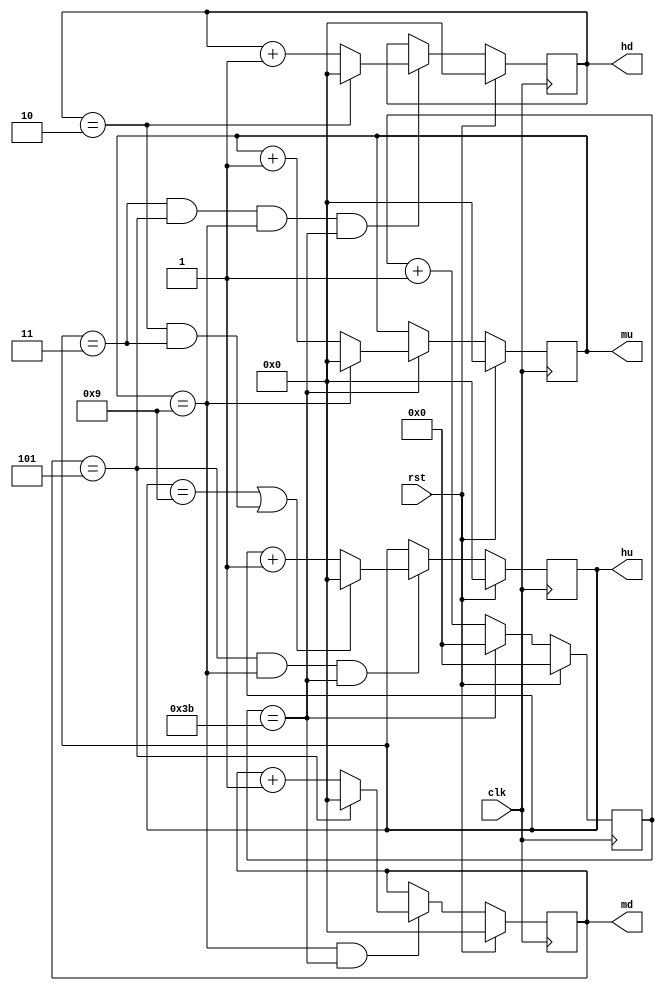
/*
 * Antonio Aguilar
 * Reloj
*/

module reloj2(input clk, rst, output reg[3:0] mu, md, hu, hd);
	reg[5:0] seg;
	
	initial
	begin
		hd = 2;
		hu = 3;
		md = 5;
		mu = 8;
	end
	
	always @(posedge clk)
	begin
		if (rst)
			seg = 0;
		else if (seg == 59)
			seg = 0;
		else
			seg = seg + 1;
	end
	
	always @(posedge clk)
	begin
		if (rst)
			mu = 0;
		else if (seg == 59)
			if (mu == 9)
				mu = 0;
			else 
				mu = mu + 1;
	end
	
	always @(posedge clk)
	begin 
		if (rst)
			md = 0;
		else if (mu ==9 && seg == 59)
			if (md == 5)
				md = 0;
			else
				md = md + 1;
	end
	
	always @(posedge clk)
	begin 
		if (rst)
			hu = 0;
		else if (md == 5 && mu == 9 && seg == 59)
			if ((hu == 9) || (hd == 2 && hu == 3))
				hu = 0;
			else
				hu = hu + 1;
	end
	
	always @(posedge clk)
	begin 
		if (rst)
			hd = 0;
		else if (hu == 3 && md == 5 && mu == 9 && seg == 59)
			if (hd == 2)
				hd = 0;
			else
				hd = hd + 1;
	end
endmodule